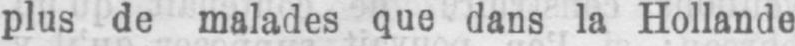
plus de malades que dans la Hollande